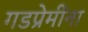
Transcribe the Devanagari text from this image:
गडप्रेमींना